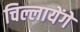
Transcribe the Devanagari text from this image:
चिल्लायेंगे